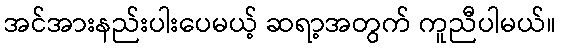
အင်အားနည်းပါးပေမယ့် ဆရာ့အတွက် ကူညီပါမယ်။